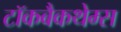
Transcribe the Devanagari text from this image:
टॉकबैकथेम्स